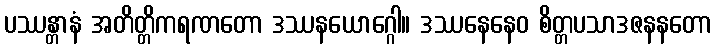
ပဿန္တာနံ အတိတ္တိကရဏတော ဒဿနယောဂ္ဂေါ။ ဒဿနေနေဝ စိတ္တပသာဒဇနနတော